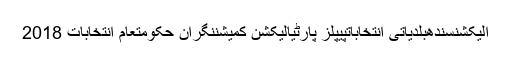
الیکشنسندھبلدیاتی انتخاباتپیپلز پارٹیالیکشن کمیشننگران حکومتعام انتخابات 2018